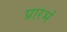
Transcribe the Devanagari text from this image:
प्रारभं